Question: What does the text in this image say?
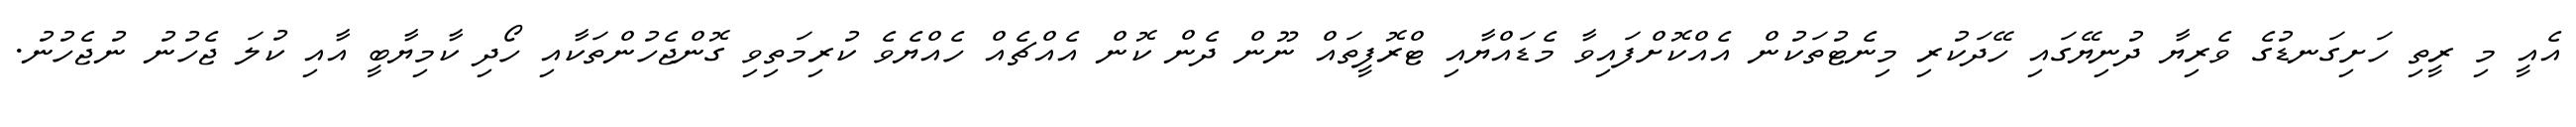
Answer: އެއީ މި ރީތި ހަށިގަނޑުގެ ވެރިޔާ ދުނިޔޭގައި ހޭދަކުރި މިނެޓުތަކުން އެއްކޮށްފައިވާ މެޑައްޔާއި ޓްރޮފީތައް ނޫން ދެން ކޮން އެއްޗެއް ހެއްޔެވެ ކުރިމަތިވި ގޮންޖެހުންތަކާއި ހޯދި ކާމިޔާބީ އާއި ކުލަ ޖެހުނު ނުޖެހުނު.